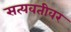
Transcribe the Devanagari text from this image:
सत्यवतीवर